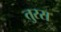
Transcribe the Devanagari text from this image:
तुरस